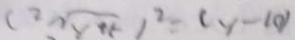
( 2 \sqrt { y + 5 } ) ^ { 2 } = ( y - 1 0 )